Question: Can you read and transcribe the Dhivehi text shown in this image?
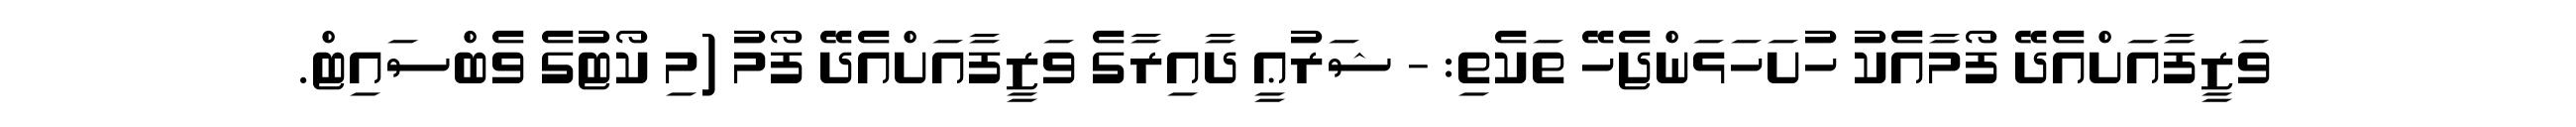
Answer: ވަޒީފާއަށްއެދޭ ފޯމާއެކު ހުށަހަޅަންޖެހޭ ތަކެތި: - ޝަރުޢީ ދާއިރާގެ ވަޒީފާއަށްއެދޭ ފޯމު (މި ކޯޓުގެ ވެބްސައިޓް.